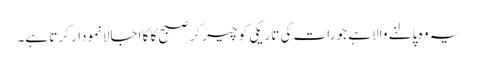
یہ وہ پالنے والا ہے جو رات کی تاریکی کو چیر کر صبح کا کا اجالانمودار کرتا ہے۔